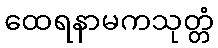
ထေရနာမကသုတ္တံ